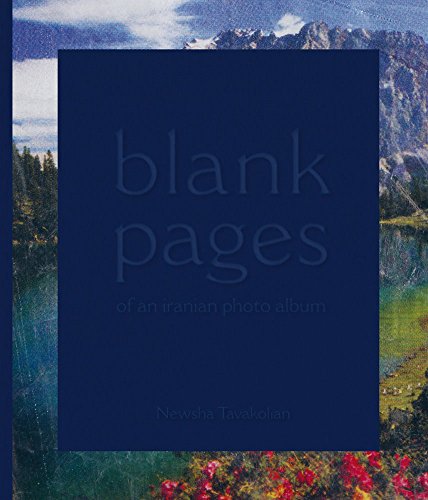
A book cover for Blank Pages of an Iranian Photo Album; Travel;